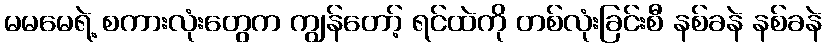
မမမေရဲ့ စကားလုံးတွေက ကျွန်တော့် ရင်ထဲကို တစ်လုံးခြင်းစီ နစ်ခနဲ နစ်ခနဲ